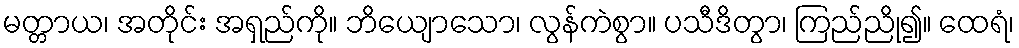
မတ္တာယ၊ အတိုင်း အရှည်ကို။ ဘိယျောသော၊ လွန်ကဲစွာ။ ပသီဒိတွာ၊ ကြည်ညို၍။ ထေရံ၊